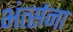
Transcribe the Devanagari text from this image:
भंर्त्सना